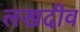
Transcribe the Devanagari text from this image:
लखदीव